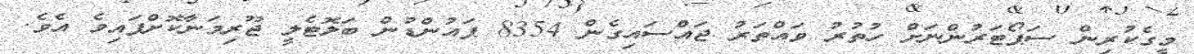
މީގެކުރިން ސަޕޯޓަރުންނަށް ހުތުރު ވައްތަރު ޖައްސައިގެން 8354 ޕައުންޑުން ބަލޮޓެލީ ޖޫރިމަނާކޮށްފައިވެ އެވެ.